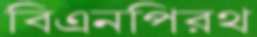
বিএনপিরথ